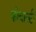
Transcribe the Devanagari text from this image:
कोबाल्टी